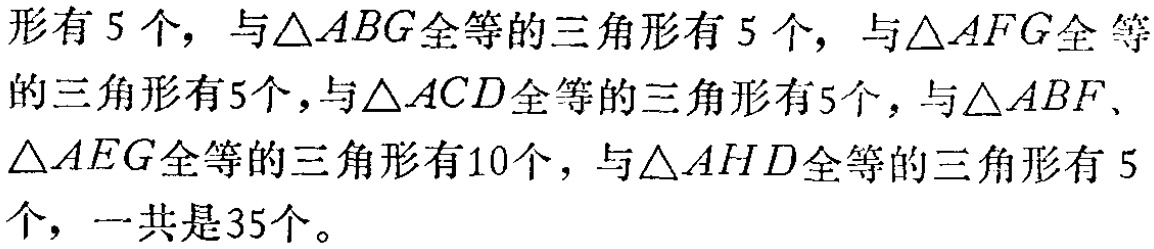
形有 5 个，与\(\triangle ABG\)全等的三角形有 5 个，与\(\triangle AFG\)全等的三角形有5个，与\(\triangle ACD\)全等的三角形有5个，与\(\triangle ABF\)、\(\triangle AEG\)全等的三角形有10个，与\(\triangle AHD\)全等的三角形有 5个，一共是35个。